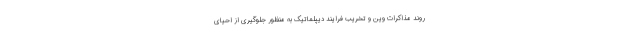
روند مذاکرات وین و تخریب فرایند دیپلماتیک به منظور جلوگیری از احیای